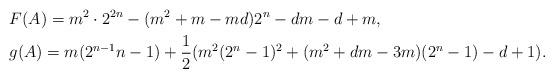
LaTeX: \begin{align*}&F(A)=m^2\cdot 2^{2n}-(m^2+m-md)2^n-dm-d+m,\\&g(A)=m(2^{n-1}n-1)+\frac{1}{2}(m^2(2^n-1)^2+(m^2+dm-3m)(2^n-1)-d+1).\end{align*}